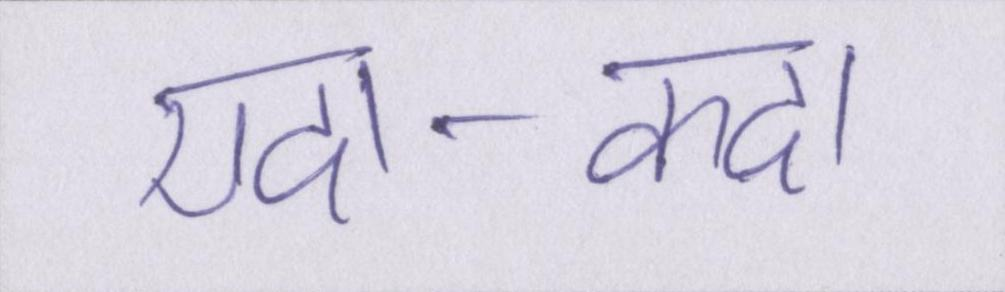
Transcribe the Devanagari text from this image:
यदा-कदा